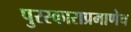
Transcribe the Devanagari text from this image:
पुरस्काराप्रमाणेच